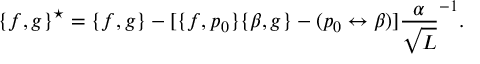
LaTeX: \{ f , g \} ^ { \star } = \{ f , g \} - [ \{ f , p _ { 0 } \} \{ \beta , g \} - ( p _ { 0 } \leftrightarrow \beta ) ] \frac { \alpha } { \sqrt { L } } ^ { - 1 } .